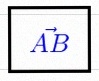
\vec{AB}